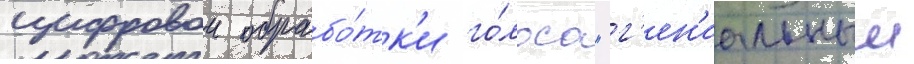
цифровои обрабо́тк'и го́лоса "г'ен'иальныи